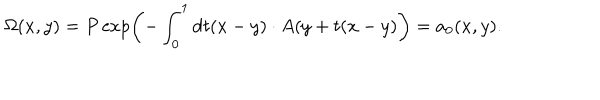
LaTeX: \Omega ( x , y ) = P \exp \left( - \int _ { 0 } ^ { 1 } \mathrm { d } t ( x - y ) \cdot A ( y + t ( x - y ) \right) = a _ { 0 } ( x , y ) .